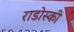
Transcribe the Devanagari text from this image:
राडोस्की